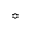
\Bumpeq